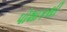
પોશાકથી